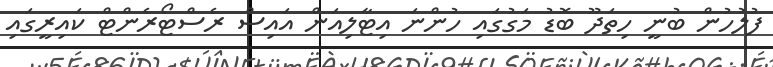
ފުލުހުން ބުނީ ހިތަދޫ ބޮޑު މަގުގައި ހުންނަ އިޓާލިއަން އައިސް ރެސްޓޯރެންޓް ކައިރީގައި